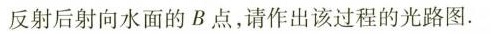
反射后射向水面的B点，请作出该过程的光路图.